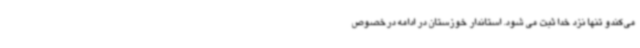
می‌کندو تنها نزد خدا ثبت می شود. استاندار خوزستان در ادامه درخصوص